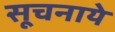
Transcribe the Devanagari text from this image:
सूचनाये